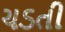
ચડતી